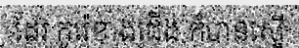
ដែរ កូរ៉េខាងជើង ក៏បានស្នើ